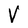
Character: V